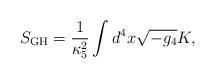
LaTeX: \begin{align*}S_{\rm GH} = \frac{1}{\kappa_5^2}\int d^4 x \sqrt{-g_4} K,\end{align*}